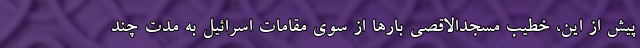
پیش از این، خطیب مسجدالاقصی بارها از سوی مقامات اسرائیل به مدت چند